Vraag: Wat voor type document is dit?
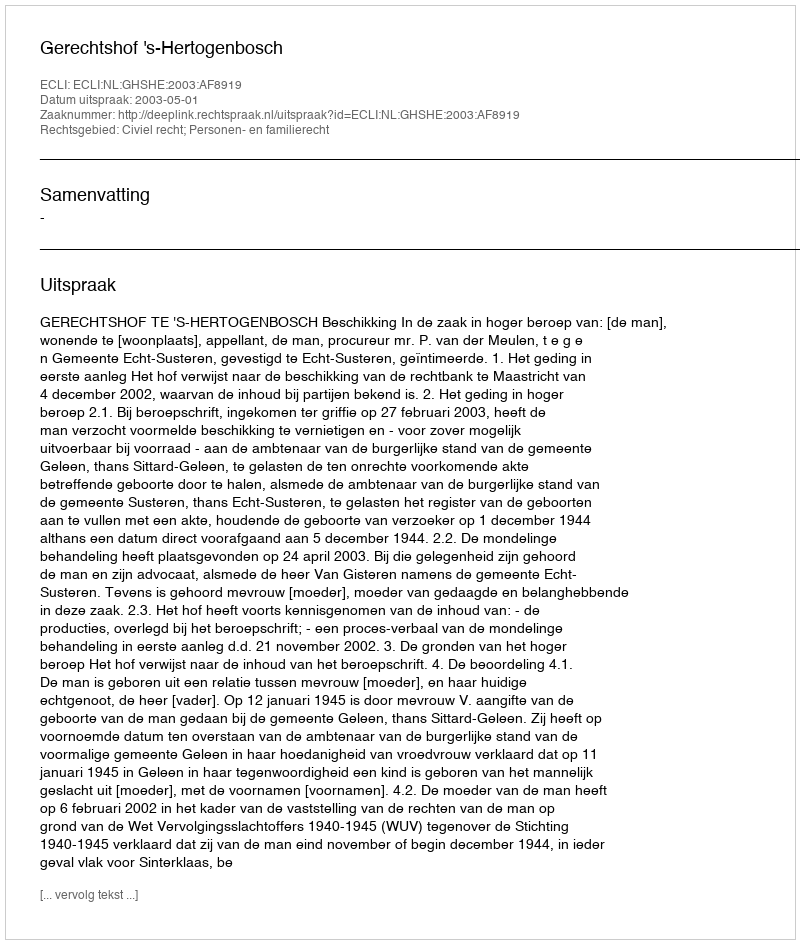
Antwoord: Uitspraak